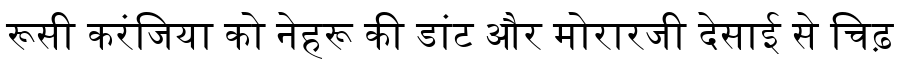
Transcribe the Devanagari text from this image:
रूसी करंजिया को नेहरू की डांट और मोरारजी देसाई से चिढ़